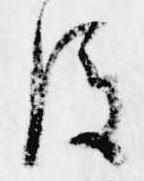
後